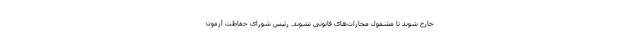
خارج شوند تا مشمول مجازات‌های قانونی نشوند. رئیس شورای حفاظت آزمون